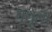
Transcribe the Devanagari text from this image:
पृथूला